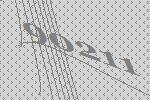
90211